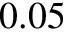
0 . 0 5